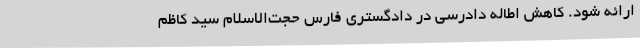
ارائه شود. کاهش اطاله دادرسی در دادگستری فارس حجت‌الاسلام سید کاظم